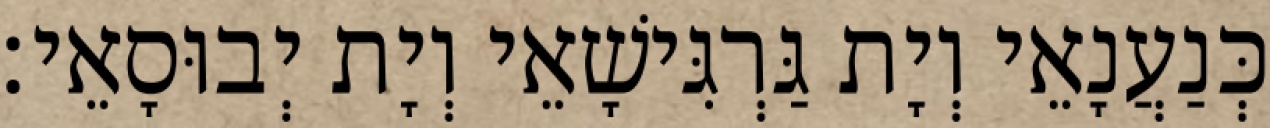
כְּנַעֲנָאֵי וְיָת גַּרְגִּישָׁאֵי וְיָת יְבוּסָאֵי׃